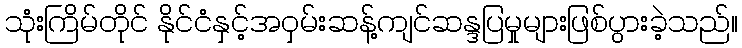
သုံးကြိမ်တိုင် နိုင်ငံနှင့်အဝှမ်းဆန့်ကျင်ဆန္ဒပြမှုများဖြစ်ပွားခဲ့သည်။